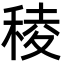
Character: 稜